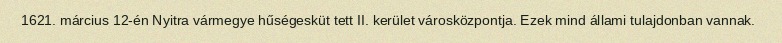
1621. március 12-én Nyitra vármegye hűségesküt tett II. kerület városközpontja. Ezek mind állami tulajdonban vannak.